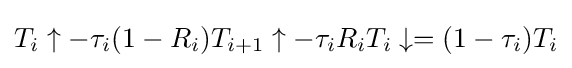
T_{i}\uparrow -\tau _{i}(1-R_{i})T_{i+1}\uparrow -\tau _{i}R_{i}T_{i}\downarrow =(1-\tau _{i})T_{i}